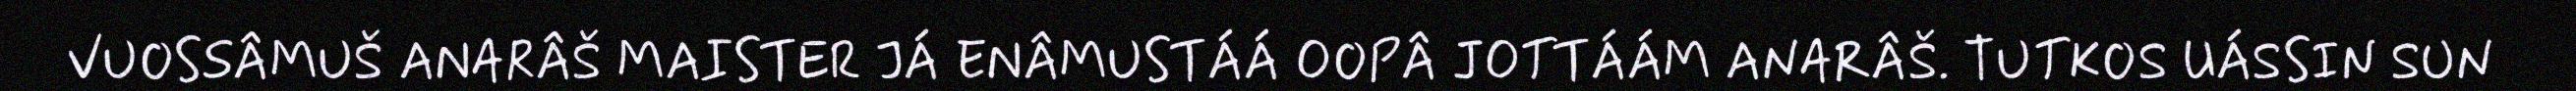
VUOSSÂMUŠ ANARÂŠ MAISTER JÁ ENÂMUSTÁÁ OOPÂ JOTTÁÁM ANARÂŠ. TUTKOS UÁSSIN SUN